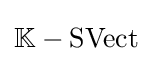
\mathbb {K} -\mathrm {SVect}